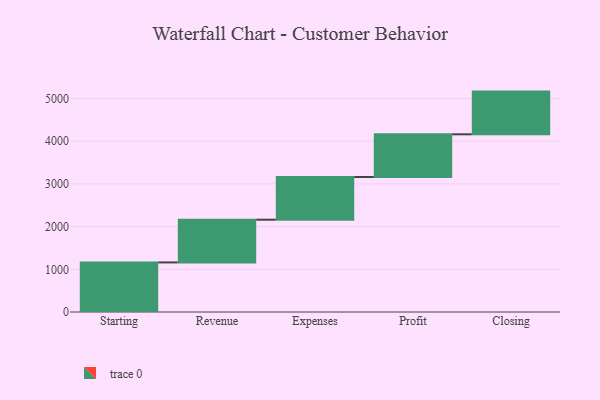
{"axis": {"x": "Step", "y": "Value"}, "legend": [""], "data": [{"x": "Starting", "y": 1161.0, "type": ""}, {"x": "Revenue", "y": 1000, "type": ""}, {"x": "Expenses", "y": 1000, "type": ""}, {"x": "Profit", "y": 1000, "type": ""}, {"x": "Closing", "y": 1000, "type": ""}]}